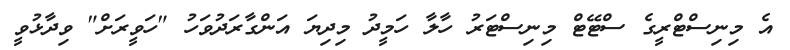
އެ މިނިސްޓްރީގެ ސްޓޭޓް މިނިސްޓަރު ހާލާ ހަމީދު މިދިޔަ އަންގާރަދުވަހު "ހަވީރަށް" ވިދާޅުވީ